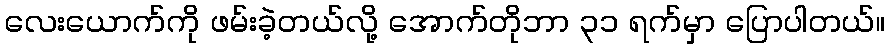
လေးယောက်ကို ဖမ်းခဲ့တယ်လို့ အောက်တိုဘာ ၃၁ ရက်မှာ ပြောပါတယ်။